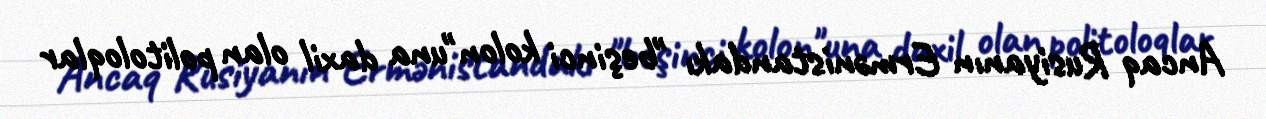
Ancaq Rusiyanın Ermənistandakı "beşinci kolon"una daxil olan politoloqlar